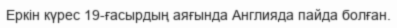
Еркін күрес 19-ғасырдың аяғында Англияда пайда болған.